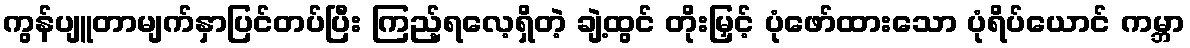
ကွန်ပျူတာမျက်နှာပြင်တပ်ပြီး ကြည့်ရလေ့ရှိတဲ့ ချဲ့ထွင် တိုးမြှင့် ပုံဖော်ထားသော ပုံရိပ်ယောင် ကမ္ဘာ